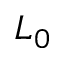
L _ { 0 }